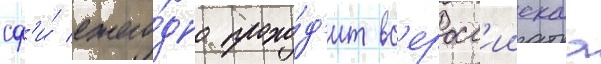
сф'и́ ежего́дно прохо́д'ит вс'еросс'иискаа